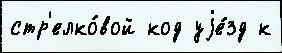
стр'елко́вой код уjе́зд к